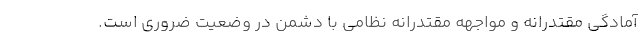
آمادگی مقتدرانه و مواجهه مقتدرانه نظامی با دشمن در وضعیت ضروری است.